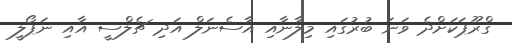
ގްރޫޕަކަށްދެ ވަނަ ބުރުގައި މިލާނާއި އާސެނަލް އަދި ޗެލްސީ އާއި ނަޕޯލީ